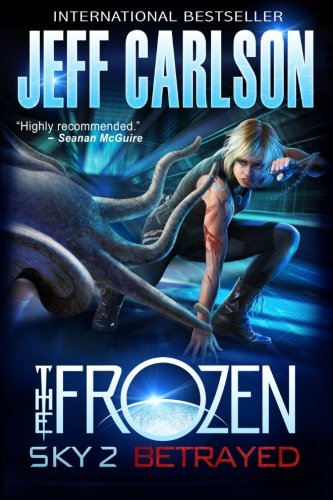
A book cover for Frozen Sky 2: Betrayed; Jeff Carlson; Science Fiction & Fantasy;